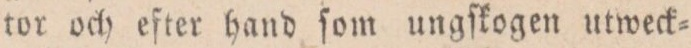
tor och efter hand ſom ungſkogen utweck=